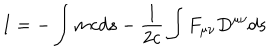
I = - \int { m c d s } - { \frac { 1 } { 2 c } } \int { F _ { \mu \nu } D ^ { \mu \nu } d s }